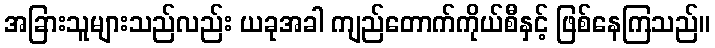
အခြားသူများသည်လည်း ယခုအခါ ကျည်တောက်ကိုယ်စီနှင့် ဖြစ်နေကြသည်။